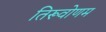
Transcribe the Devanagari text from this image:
तिरूवोणम